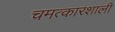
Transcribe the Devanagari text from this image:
चमत्कारशाली